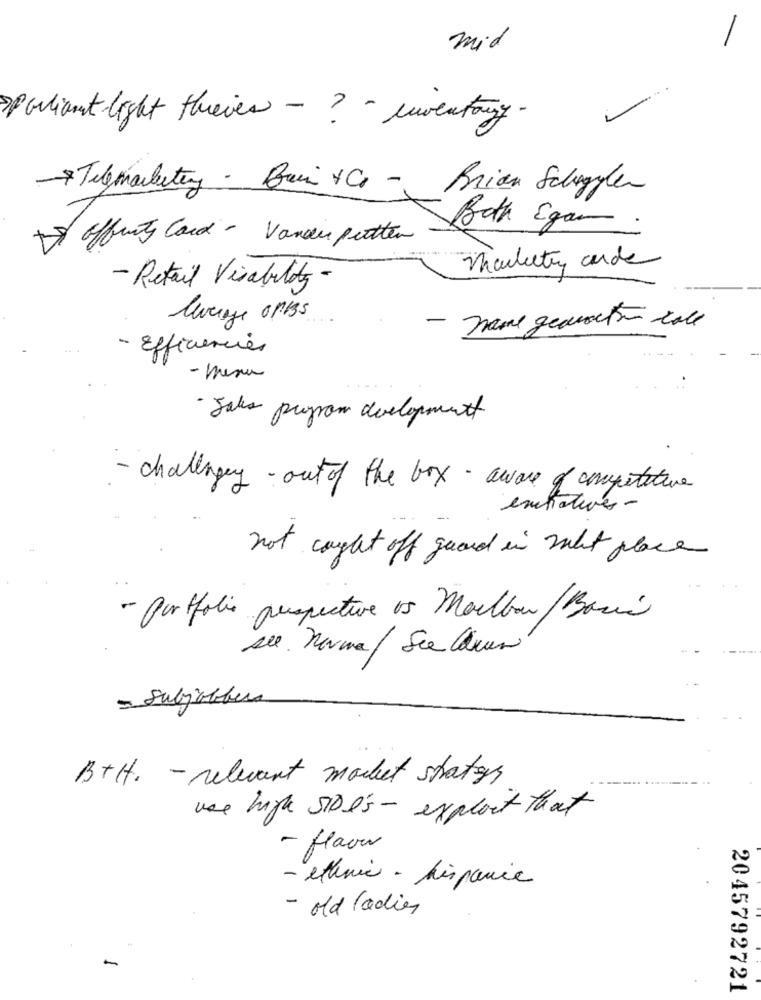
mid
Giant light threver - ? - inventory -
Telemarketing - Bain &C - Brian Schengen
Booth Egan.
Affinity Card - Vander putten
- Retail Visability -
- name gediaction race
- Efficiencies
- menu
Jakes program development
- challengey - out of the box - aware of competitive
entatives-
not caught off guard in mat place
- portfolio perspective of Moellon/Bacci
see. norma/ Sie Ques
= Subjobber
B+H. - relevant market states
use high SIDI's - exploit that
- flavor
- ethnic - hispanic
- old ladies
2045792721